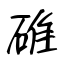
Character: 碓